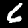
Label: 6